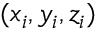
( x _ { i } , y _ { i } , z _ { i } )